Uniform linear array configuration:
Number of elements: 4
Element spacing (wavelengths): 0.25
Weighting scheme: hann
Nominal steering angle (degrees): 45
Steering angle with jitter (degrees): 44.09
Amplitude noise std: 0.05
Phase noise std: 0.05

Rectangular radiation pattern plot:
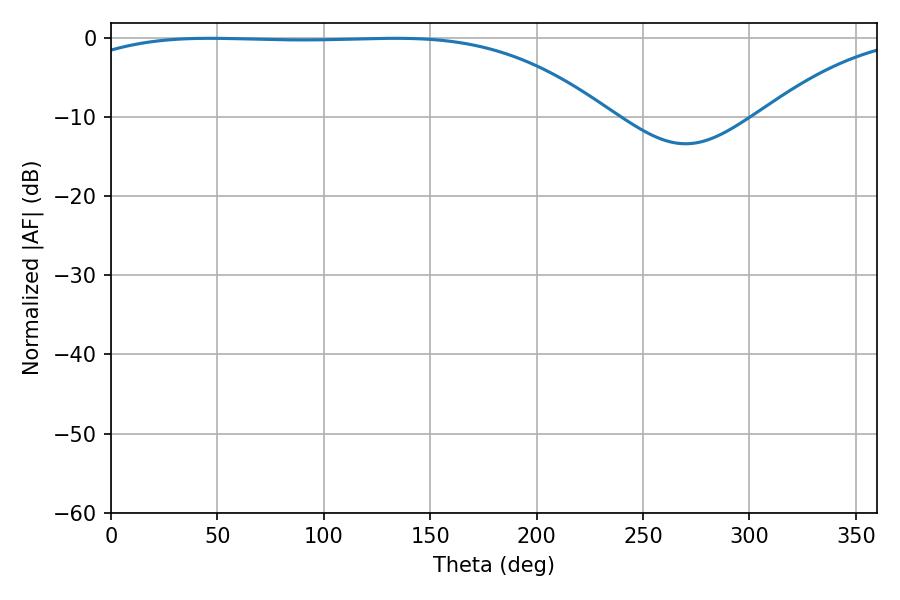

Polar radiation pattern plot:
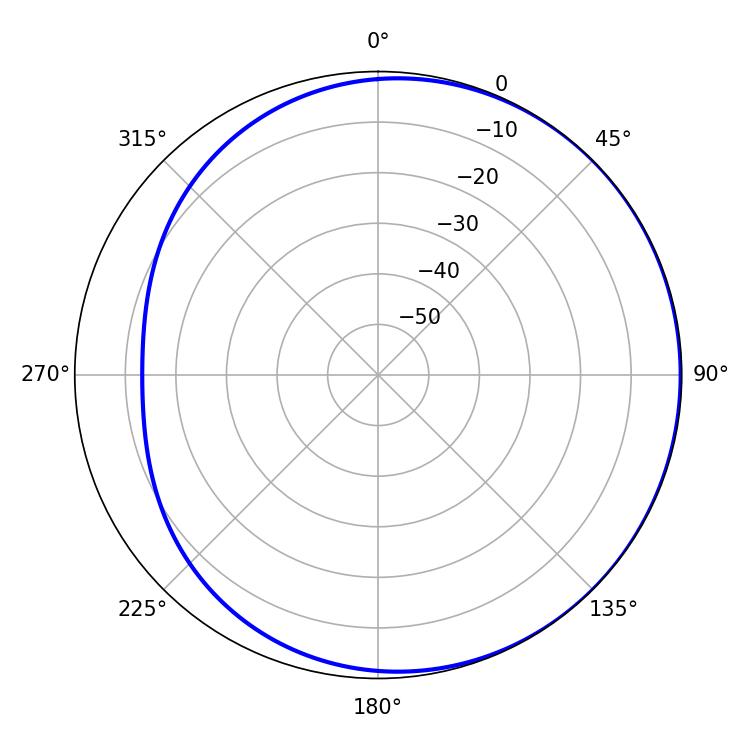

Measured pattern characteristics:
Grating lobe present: FALSE
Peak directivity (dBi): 0.9247
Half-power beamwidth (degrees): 195.84
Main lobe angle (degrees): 133.56